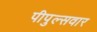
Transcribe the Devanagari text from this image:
पीपुल्सवार